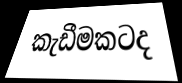
කැඩීමකටද